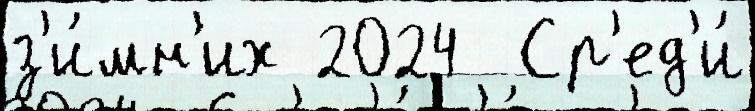
з'и́мн'их 2024  Ср'ед'и́